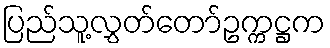
ပြည်သူ့လွှတ်တော်ဥက္ကဋ္ဌက